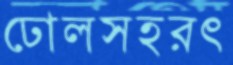
ঢোলসহরৎ